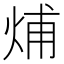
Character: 烳